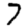
Digit: 7